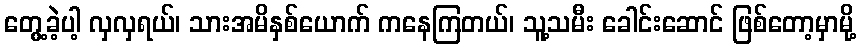
တွေ့ခဲ့ပါ့ လှလှရယ်၊ သားအမိနှစ်ယောက် ကနေကြတယ်၊ သူ့သမီး ခေါင်းဆောင် ဖြစ်တော့မှာမို့